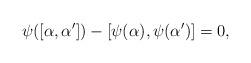
LaTeX: \begin{align*} \psi([\alpha,\alpha'])-[\psi(\alpha),\psi(\alpha')]=0, \end{align*}